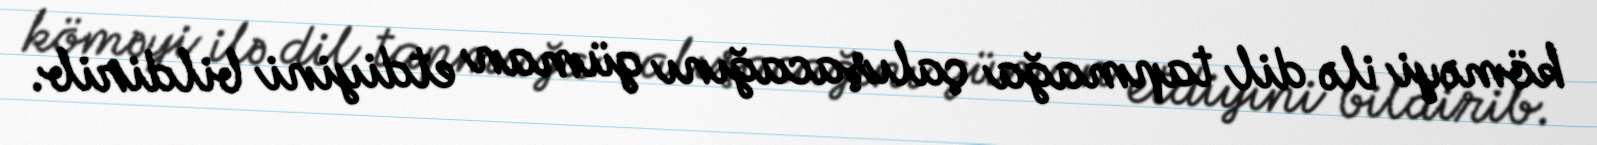
köməyi ilə dil tapmağa çalışacağını güman etdiyini bildirib.